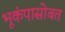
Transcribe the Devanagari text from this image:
भूकंपासोबत